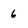
Character: 6